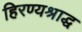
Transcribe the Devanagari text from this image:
हिरण्यश्राद्ध